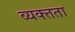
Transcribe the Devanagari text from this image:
व्यक्त्तता